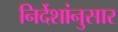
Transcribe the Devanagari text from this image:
निर्देशांनुसार